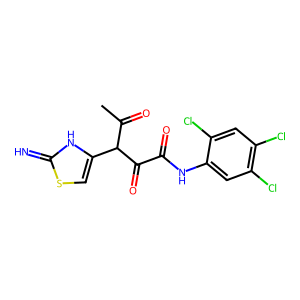
SMILES: CC(=O)C(C(=O)C(=O)Nc1cc(Cl)c(Cl)cc1Cl)c1csc(=N)[nH]1
Inhibits HIV replication: No